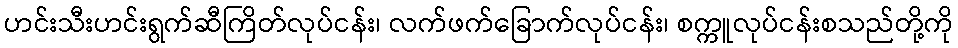
ဟင်းသီးဟင်းရွက်ဆီကြိတ်လုပ်ငန်း၊ လက်ဖက်ခြောက်လုပ်ငန်း၊ စက္ကူလုပ်ငန်းစသည်တို့ကို